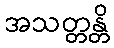
အသတ္တန္တိ